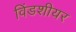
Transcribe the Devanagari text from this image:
विंडशीयर